Vaccination in Bombay 1913-1923 - 1913-1923
Year: 1913
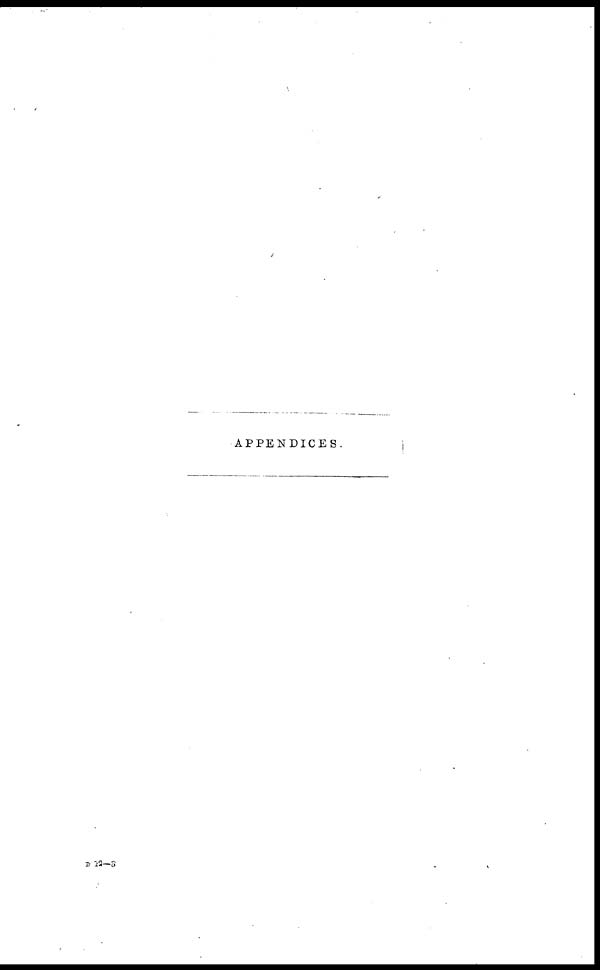
APPENDICES.
D 12—3